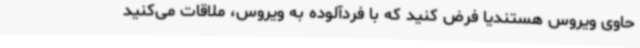
حاوی ویروس هستندیا فرض کنید که با فردآلوده به ویروس، ملاقات می‌کنید